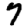
Digit: 7